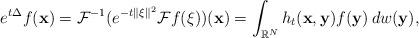
LaTeX: \begin{align*} e^{t\Delta} f(\mathbf x)=\mathcal F^{-1}(e^{-t\|\xi\|^2}\mathcal Ff(\xi))(\mathbf x)=\int_{\mathbb R^N} h_t(\mathbf x,\mathbf y)f(\mathbf y)\, dw(\mathbf y), \end{align*}